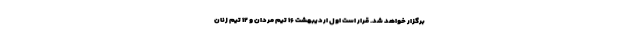
برگزار خواهد شد. قرار است اول اردیبهشت ۱۶ تیم مردان و ۱۲ تیم زنان